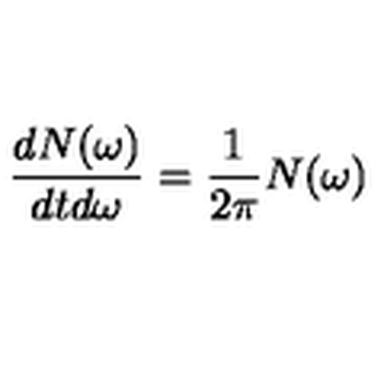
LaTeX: \frac { d N ( \omega ) } { d t d \omega } = \frac { 1 } { 2 \pi } N ( \omega )